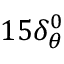
1 5 { \delta _ { \theta } ^ { 0 } }